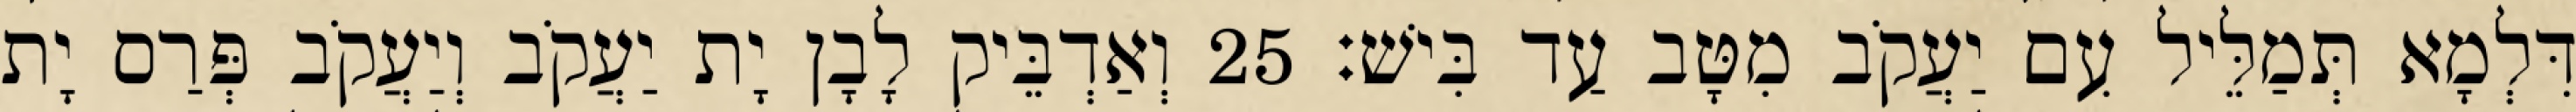
דִּלְמָא תְּמַלֵּיל עִם יַעֲקֹב מִטָּב עַד בִּישׁ׃ 25 וְאַדְבֵּיק לָבָן יָת יַעֲקֹב וְיַעֲקֹב פְּרַס יָת